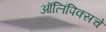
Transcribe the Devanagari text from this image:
ऑलिंपिक्सचे